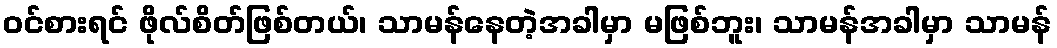
ဝင်စားရင် ဖိုလ်စိတ်ဖြစ်တယ်၊ သာမန်နေတဲ့အခါမှာ မဖြစ်ဘူး၊ သာမန်အခါမှာ သာမန်